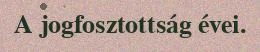
A jogfosztottság évei.